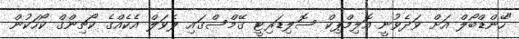
"ހޭންޑްބޯލް އަށް ވަދެވުނީ އޮލިމްޕިކް ސޮލިޑަރިޓީ ގޭމްސްގައި ލެވަލް އެކެއްގެ ކޯޗިންގް ކޯހަކުން